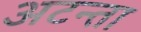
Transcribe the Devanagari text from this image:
अटन्ता